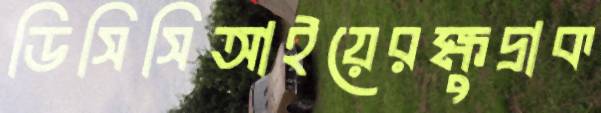
ডিসিসিআইয়েরক্ষুদ্রাক